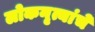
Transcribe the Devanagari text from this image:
लोकनृत्यांचे